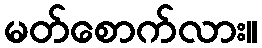
မတ်စောက်လား။